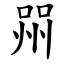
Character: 喌